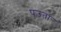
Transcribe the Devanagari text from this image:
पउ़ता